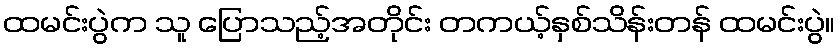
ထမင်းပွဲက သူ ပြောသည့်အတိုင်း တကယ့်နှစ်သိန်းတန် ထမင်းပွဲ။